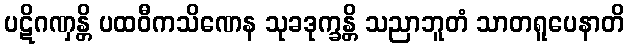
ပဋိဂဏှန္တိ ပထဝီကသိဏေန သုခဒုက္ခန္တိ သညာဘူတံ သာတရူပေနာတိ